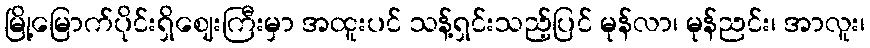
မြို့မြောက်ပိုင်းရှိဈေးကြီးမှာ အထူးပင် သန့်ရှင်းသည့်ပြင် မုန်လာ၊ မုန်ညင်း၊ အာလူး၊